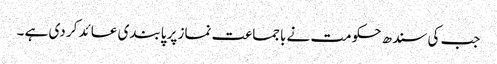
جب کی سندھ حکومت نے باجماعت نماز پر پابندی عائد کر دی ہے ۔